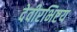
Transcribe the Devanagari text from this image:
देवीरभिष्टय